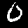
Label: 0